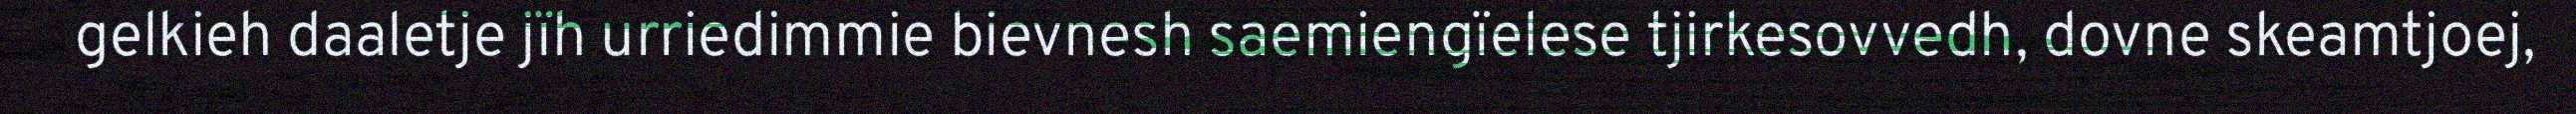
gelkieh daaletje jïh urriedimmie bievnesh saemiengïelese tjirkesovvedh, dovne skeamtjoej,